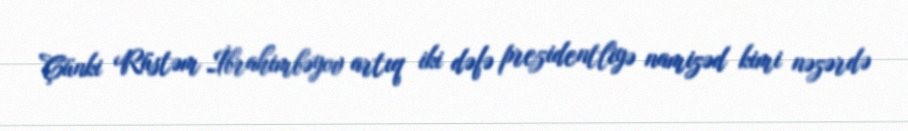
Çünki Rüstəm İbrahimbəyov artıq iki dəfə prezidentliyə namizəd kimi nəzərdə